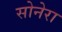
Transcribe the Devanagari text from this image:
सोनेरा